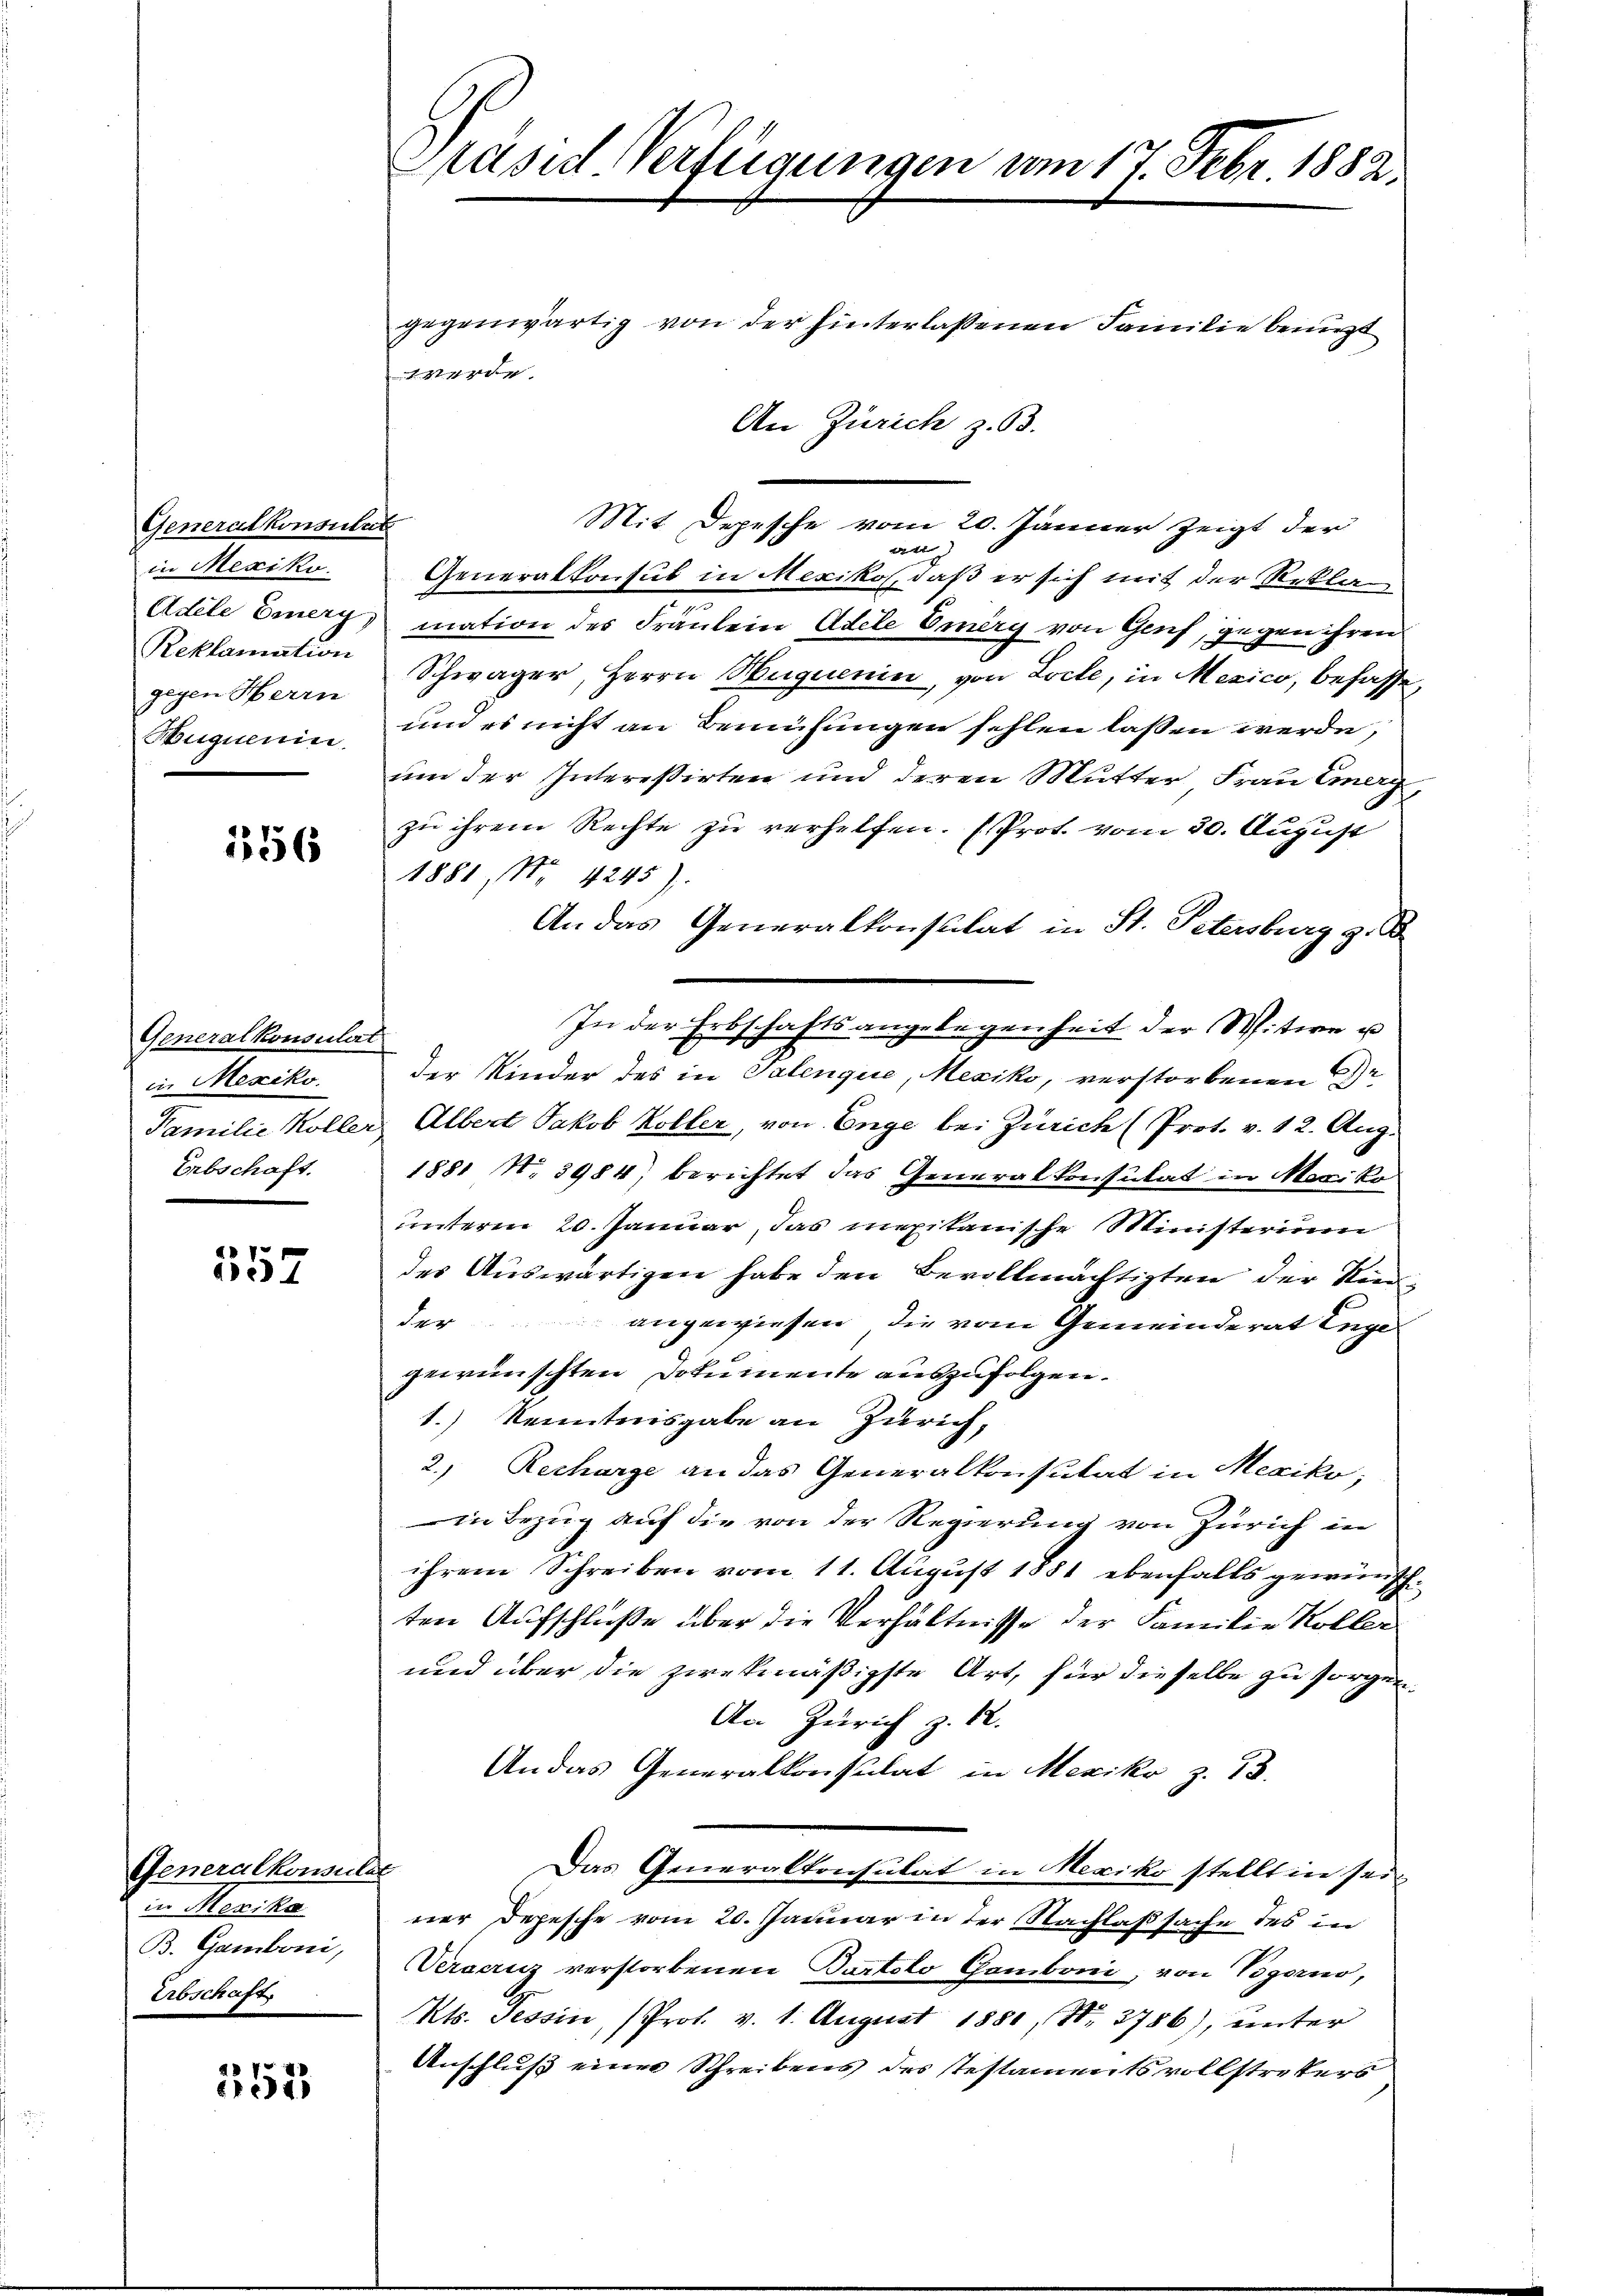
Generalkonsulat
in Mexiko
Reklamation
gegen Herrn
Huiquerin.

156

Generalkonsulirt
in Mexiko
Erbschaft.

557

Generalkonsulat
in Mexika
B. Gamboni,
Erbschaft.

357

Präsid Verfügungen am 17. Febr 1882.

gegenwärtig von der hinterlassenen Familie benuzt
An Zürich z. B.
Mit Depesche vom 20. Jänner zeigt der
24
Generalkonsul in Mexiko, daß er sich mit der Rekla
.
Adele Emerz, mation des Fräulein Adele Ernèry von Genf, gegen ihren
Schwager, Herrn Hüguenin, von Loche, in Mexico, befasse,
und es nicht an Bemühungen fehlen laßen werde,
um der Interessirten und deren Mutter Frau Emerg
zu ihrem Rechte zu verhelfen. (Prot. vom 30. August
1881, Nr. 4245)
An das Generalkonstitat in St. Petersburg z. B
In der Erbschaftsangelegenheit der Witwe u
der Kinder des in Talengie, Mexiko, verstorbenen Gr
Familie Koller Albert Jakob Koller, von Enge bei Zürich (Prot. v. 12. Aug.
1881 N. 3984) berichtet das Generalkonsulat in Mexiko
unterm 20. Januar, das mexikanische Ministerium
des Auswärtigen habe den Bevollmächtigten der Rind-
der
angewiesen, die vom Gemeinderat Enge
gewünschten Dokumente auszufolgen.
1.) Kenntnisgabe an Zürich¬
2. Recharge an das Generalkonsulat in Mexiko;
in Bezug auf die von der Regierung von Zürich in
ihrem Schreiben vom 11. August 1881 ebenfalls gewünschten Aufschlüße über die Verhältnisse der Familie Koller
und über die zwekmäßigste Art, für dieselbe zu sorgen.
An Zürich z. 12.
An das Generalkonsulat in Mexiko z. 18.
Das Generalkonsulat in Mexiko stellt in seiner Depesche vom 20. Januar in der Nachlaßsache des in
Verari verstorbenen Bartolo Chamboni, von Vogorno,
Kts. Tessin, (Prof. v. 1. August 1880, No. 3786), unter
Anschluss einer Schreibens des Testamentsvollstrekers

werde.